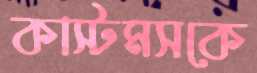
কাস্টমসকে